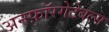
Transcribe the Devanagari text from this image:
अनफ़ॉरगेटेबल्स